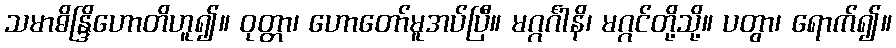
သမာဓိန္ဒြိဟောတိဟူ၍။ ဝုတ္တာ၊ ဟောတော်မူအပ်ပြီ။ မဂ္ဂင်္ဂါနိ၊ မဂ္ဂင်တို့သို့။ ပတွာ၊ ရောက်၍။